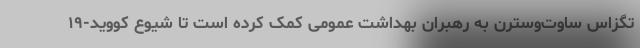
تگزاس ساوت‌وسترن به رهبران بهداشت عمومی کمک کرده است تا شیوع کووید-۱۹